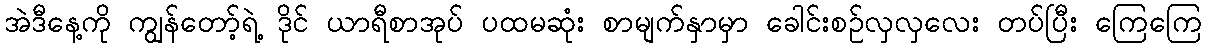
အဲဒီနေ့ကို ကျွန်တော့်ရဲ့ ဒိုင် ယာရီစာအုပ် ပထမဆုံး စာမျက်နှာမှာ ခေါင်းစဉ်လှလှလေး တပ်ပြီး ကြေကြေ